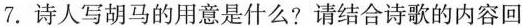
7.诗人写胡马的用意是什么?请结合诗歌的内容回